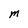
Character: m